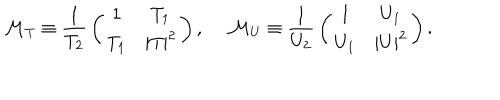
LaTeX: { \cal M } _ { T } \equiv { \frac { 1 } { T _ { 2 } } } \left( \begin{matrix} { { 1 } } & { { T _ { 1 } } } \\ { { T _ { 1 } } } & { { | T | ^ { 2 } } } \\ \end{matrix} \right) , \ { \cal M } _ { U } \equiv { \frac { 1 } { U _ { 2 } } } \left( \begin{matrix} { { 1 } } & { { U _ { 1 } } } \\ { { U _ { 1 } } } & { { | U | ^ { 2 } } } \\ \end{matrix} \right) .